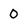
Character: 0